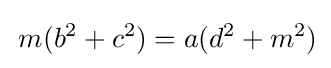
\,m(b^{2}+c^{2})=a(d^{2}+m^{2})